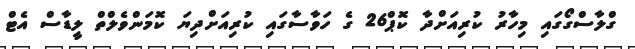
ގްލާސްގޯގައި މިހާރު ކުރިއަށްދާ ކޮޕް26 ގެ ހަވާސާގައި ކުރިއަށްދިޔަ ކޮމަންވެލްތް ލީޑާސް އެޓް